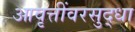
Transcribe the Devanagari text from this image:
आवृत्तींवरसुद्धा